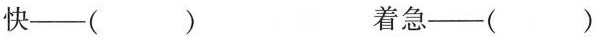
快——（ ） 着急——（ ）